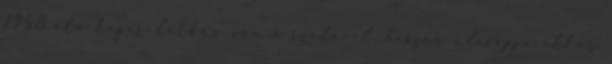
1958 óta kapcsolatban van a szôlôvel, hiszen édesapja ekkor